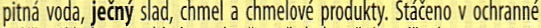
pitna voda, jecny slad, chmel a chmelove produkty. Staceno v ochranne